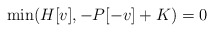
\begin{align*} \min(H[v],-P[-v]+K)=0\end{align*}